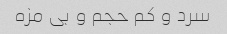
سرد و کم حجم و بى مزه